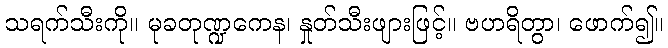
သရက်သီးကို။ မုခတုဏ္ဍကေန၊ နှုတ်သီးဖျားဖြင့်။ ဗဟရိတွာ၊ ဖောက်၍။